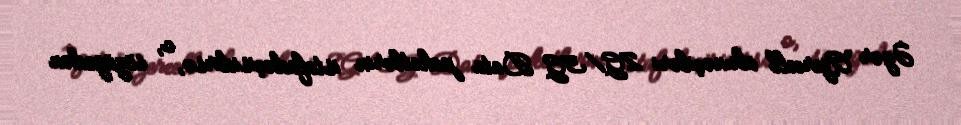
Əgər Azercell abunəçiləri 2G/3G Data paketlərin istafadəçisidirsə, o, sözügedən